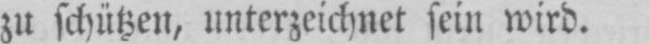
zu schützen, unterzeichnet sein wird.